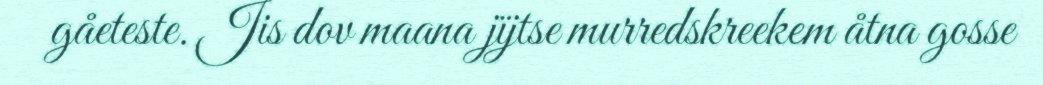
gåeteste. Jis dov maana jïjtse murredskreekem åtna gosse